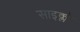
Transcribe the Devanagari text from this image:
साइक्लो